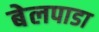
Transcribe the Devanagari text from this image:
बेलपाडा